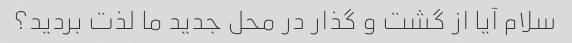
سلام آیا از گشت و گذار در محل جدید ما لذت بردید؟